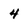
Character: 4